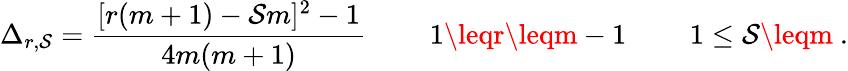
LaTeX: \Delta_{r,\mathcal{S}}={\frac{{[r(m+1)-\mathcal{S}m]^{2}-1}}{{4m(m+1)}}}\ \qquad1\leqr\leqm-1\ \qquad1\leq\mathcal{S}\leqm\ .